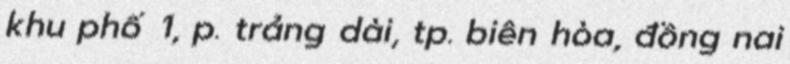
khu phố 1, p. trảng dài, tp. biên hòa, đồng nai